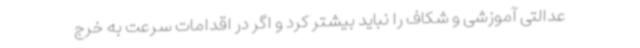
عدالتی آموزشی و شکاف را نباید بیشتر کرد و اگر در اقدامات سرعت به خرج